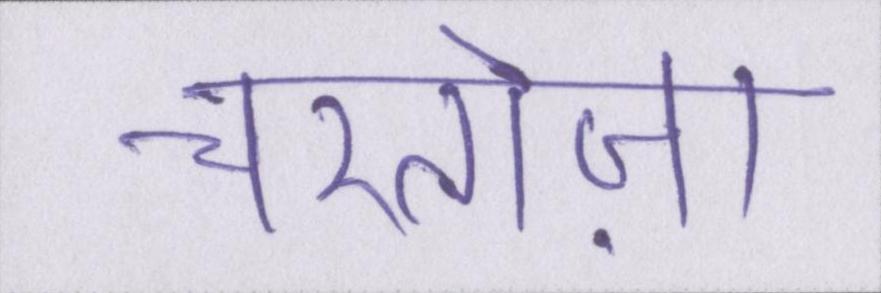
चरतोज़ा